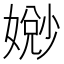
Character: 𫱧